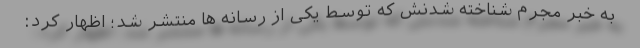
به خبر مجرم شناخته شدنش که توسط یکی از رسانه ها منتشر شد؛ اظهار کرد: